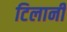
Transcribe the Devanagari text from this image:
टिलानी